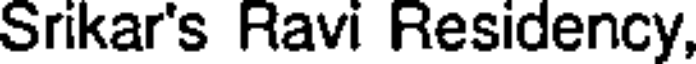
Srikar's Ravi Residency,